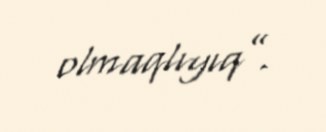
olmaqlıyıq”.